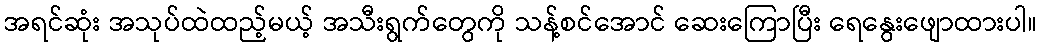
အရင်ဆုံး အသုပ်ထဲထည့်မယ့် အသီးရွက်တွေကို သန့်စင်အောင် ဆေးကြောပြီး ရေနွေးဖျောထားပါ။